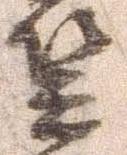
笠